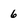
Character: 6